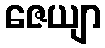
ဇေယျာ